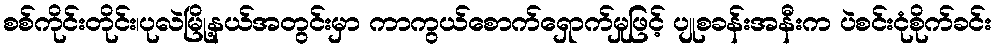
စစ်ကိုင်းတိုင်း၊ပုလဲမြို့နယ်အတွင်းမှာ ကာကွယ်စောက်ရှောက်မှုဖြင့် ပျုစခန်းအနီးက ပဲစင်းငုံစိုက်ခင်း